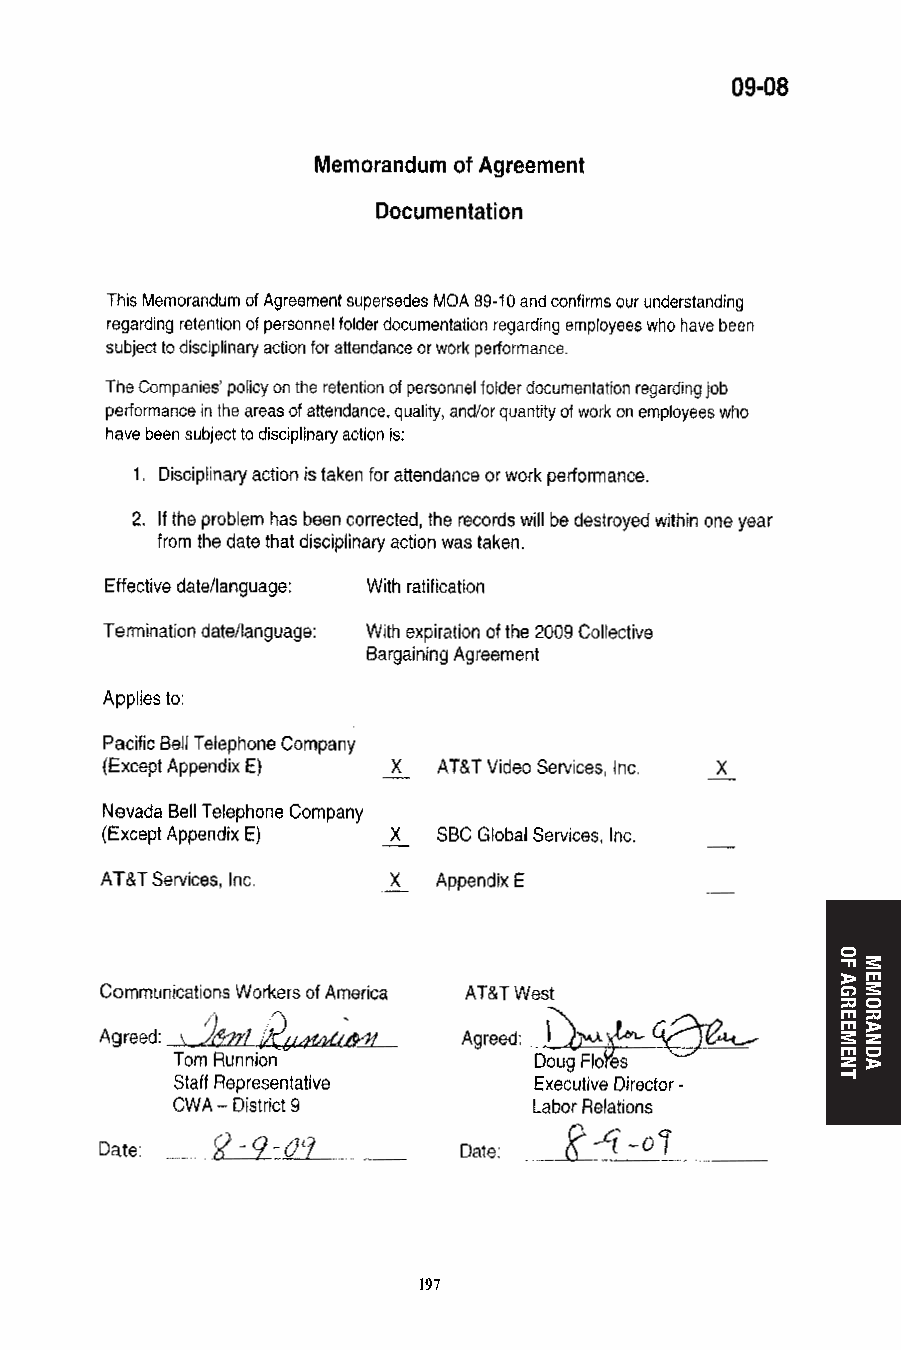
196196                       191797
 OF
 AGREEMENT
 MEMORANDA